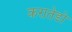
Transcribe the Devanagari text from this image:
करातेडो